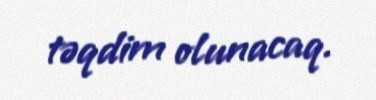
təqdim olunacaq.